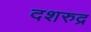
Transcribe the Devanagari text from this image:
दशरुद्र